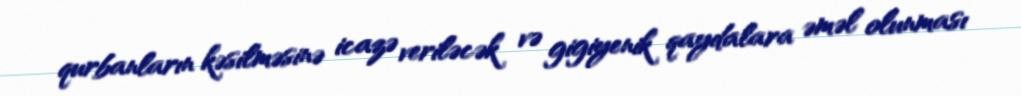
qurbanların kəsilməsinə icazə veriləcək və gigiyenik qaydalara əməl olunması